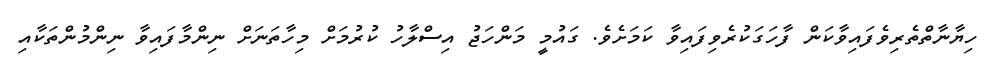
ހިޔާނާތްތެރިވެފައިވާކަން ފާހަގަކުރެވިފައިވާ ކަމަށެވެ. ގައުމީ މަންހަޖު އިސްލާހު ކުރުމަށް މިހާތަނަށް ނިންމާފައިވާ ނިންމުންތަކާއި